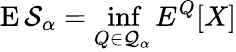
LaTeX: \operatorname{E}\mathcal{S}_{\alpha}=\operatorname*{inf}_{Q\in{\mathcal{{Q}}}_{\alpha}}E^{Q}[X]